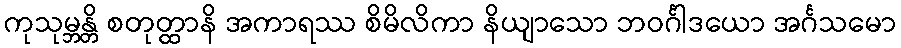
ကုသုမ္ဘန္တိ စတုတ္ထာနိ အကာရဿ စိမိလိကာ နိယျာသော ဘဝင်္ဂါဒယော အင်္ဂသမော